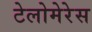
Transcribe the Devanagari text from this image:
टेलोमेरेस